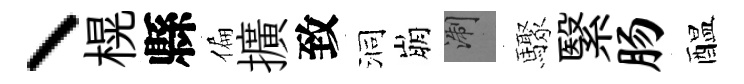
丶榥縣偏擴致洞崩浙驟繄肠醖